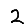
Digit: 2